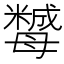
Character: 𣫿